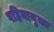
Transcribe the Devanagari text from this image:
पहियायुक्त